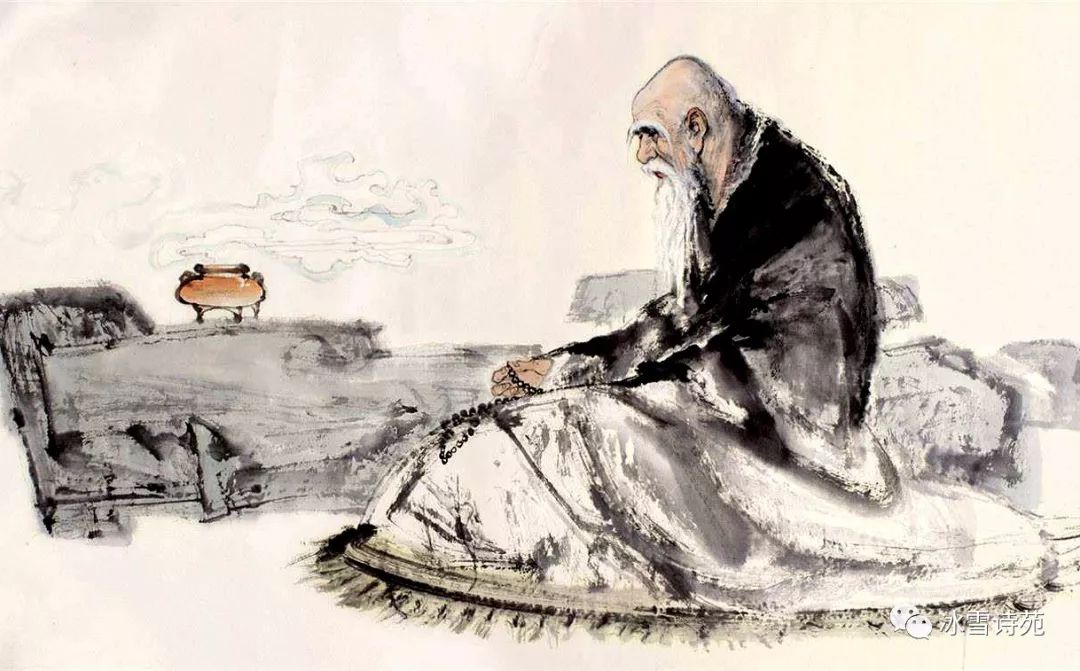
未成林，难望凤来栖，聊医俗。